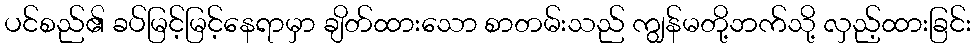
ပင်စည်၏ ခပ်မြင့်မြင့်နေရာမှာ ချိတ်ထားသော စာတမ်းသည် ကျွန်မတို့ဘက်သို့ လှည့်ထားခြင်း